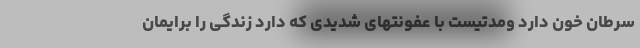
سرطان خون دارد ومدتیست با عفونتهای شدیدی که دارد زندگی را برایمان